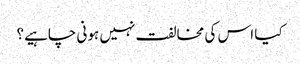
کیا اس کی مخالفت نہیں ہونی چاہیے؟